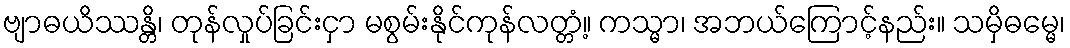
ဗျာဓယိဿန္တိ၊ တုန်လှုပ်ခြင်းငှာ မစွမ်းနိုင်ကုန်လတ္တံ့။ ကသ္မာ၊ အဘယ်ကြောင့်နည်း။ သမှိဓမ္မေ၊